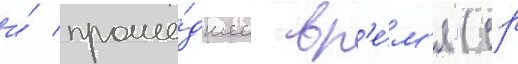
и́ проше́дшее вр'е́м'я (ср